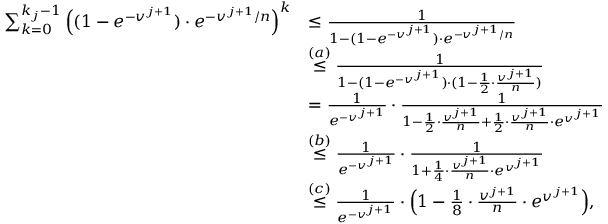
\begin{array} { r l } { \sum _ { k = 0 } ^ { k _ { j } - 1 } \Big ( ( 1 - e ^ { - v ^ { j + 1 } } ) \cdot e ^ { - v ^ { j + 1 } / n } \Big ) ^ { k } } & { \leq \frac { 1 } { 1 - ( 1 - e ^ { - v ^ { j + 1 } } ) \cdot e ^ { - v ^ { j + 1 } / n } } } \\ & { \stackrel { ( a ) } { \leq } \frac { 1 } { 1 - ( 1 - e ^ { - v ^ { j + 1 } } ) \cdot ( 1 - \frac { 1 } { 2 } \cdot \frac { v ^ { j + 1 } } { n } ) } } \\ & { = \frac { 1 } { e ^ { - v ^ { j + 1 } } } \cdot \frac { 1 } { 1 - \frac { 1 } { 2 } \cdot \frac { v ^ { j + 1 } } { n } + \frac { 1 } { 2 } \cdot \frac { v ^ { j + 1 } } { n } \cdot e ^ { v ^ { j + 1 } } } } \\ & { \stackrel { ( b ) } { \leq } \frac { 1 } { e ^ { - v ^ { j + 1 } } } \cdot \frac { 1 } { 1 + \frac { 1 } { 4 } \cdot \frac { v ^ { j + 1 } } { n } \cdot e ^ { v ^ { j + 1 } } } } \\ & { \stackrel { ( c ) } { \leq } \frac { 1 } { e ^ { - v ^ { j + 1 } } } \cdot \Big ( 1 - \frac { 1 } { 8 } \cdot \frac { v ^ { j + 1 } } { n } \cdot e ^ { v ^ { j + 1 } } \Big ) , } \end{array}